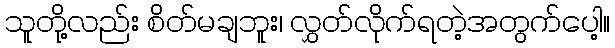
သူတို့လည်း စိတ်မချဘူး၊ လွှတ်လိုက်ရတဲ့အတွက်ပေါ့။